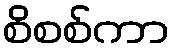
စိစစ်ကာ